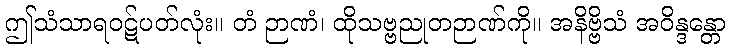
ဤသံသာရဝဋ်ပတ်လုံး။ တံ ဉာဏံ၊ ထိုသဗ္ဗညုတဉာဏ်ကို။ အနိဗ္ဗိသံ အဝိန္ဒန္တော